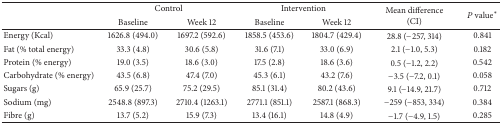
<table><thead><tr><td rowspan="2"><b> </b></td><td colspan="2"><b>Control</b></td><td colspan="2"><b>Intervention</b></td><td rowspan="2"><b>Mean difference (CI)</b></td><td rowspan="2"><b><i>P</i> value<sup><i>∗</i></sup></b></td></tr><tr><td><b>Baseline</b></td><td><b>Week 12</b></td><td><b>Baseline</b></td><td><b>Week 12</b></td></tr></thead><tbody><tr><td>Energy (Kcal)</td><td>1626.8 (494.0)</td><td>1697.2 (592.6)</td><td>1858.5 (453.6)</td><td>1804.7 (429.4)</td><td>28.8 (−257, 314)</td><td>0.841</td></tr><tr><td>Fat (% total energy)</td><td>33.3 (4.8)</td><td>30.6 (5.8)</td><td>31.6 (7.1)</td><td>33.0 (6.9)</td><td>2.1 (−1.0, 5.3)</td><td>0.182</td></tr><tr><td>Protein (% energy)</td><td>19.0 (3.5)</td><td>18.6 (3.0)</td><td>17.5 (2.8)</td><td>18.6 (3.6)</td><td>0.5 (−1.2, 2.2)</td><td>0.542</td></tr><tr><td>Carbohydrate (% energy)</td><td>43.5 (6.8)</td><td>47.4 (7.0)</td><td>45.3 (6.1)</td><td>43.2 (7.6)</td><td>−3.5 (−7.2, 0.1)</td><td>0.058</td></tr><tr><td>Sugars (g)</td><td>65.9 (25.7)</td><td>75.2 (29.5)</td><td>85.1 (31.4)</td><td>80.2 (43.6)</td><td>9.1 (−14.9, 21.7)</td><td>0.712</td></tr><tr><td>Sodium (mg)</td><td>2548.8 (897.3)</td><td>2710.4 (1263.1)</td><td>2771.1 (851.1)</td><td>2587.1 (868.3)</td><td>−259 (−853, 334)</td><td>0.384</td></tr><tr><td>Fibre (g)</td><td>13.7 (5.2)</td><td>15.9 (7.3)</td><td>13.4 (16.1)</td><td>14.8 (4.9)</td><td>−1.7 (−4.9, 1.5)</td><td>0.285</td></tr></tbody></table>